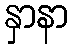
နှာနာ